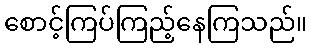
စောင့်ကြပ်ကြည့်နေကြသည်။